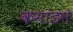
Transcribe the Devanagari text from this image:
कमांडने